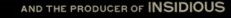
AND THE PRODUCER OF INSIDIOUS